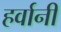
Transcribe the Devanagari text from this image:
हर्वानी